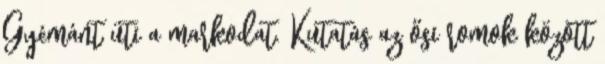
Gyémánt üti a markodat. Kutatás az ősi romok között